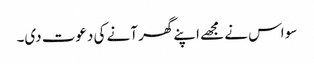
سو اس نے مجھے اپنے گھر آنے کی دعوت دی۔